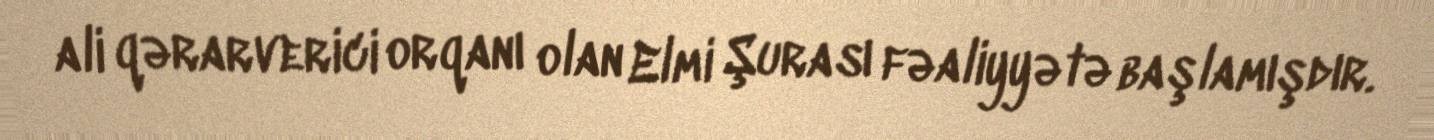
ali qərarverici orqanı olan Elmi Şurası fəaliyyətə başlamışdır.